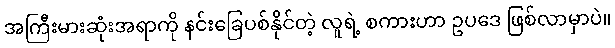
အကြီးမားဆုံးအရာကို နင်းခြေပစ်နိုင်တဲ့ လူရဲ့ စကားဟာ ဥပဒေ ဖြစ်လာမှာပဲ။